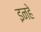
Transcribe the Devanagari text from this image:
इनहे